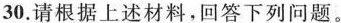
30.请根据上述材料，回答下列问题。